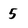
Character: 5